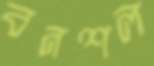
বনশল